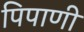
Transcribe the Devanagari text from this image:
पिपाणी